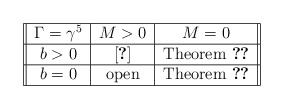
\begin{align*}\begin{tabular}{||c|c|c||}\hline$\Gamma = \gamma^5$ & $M>0$ & $M=0$ \\\hline$b>0$ & \cite{chohoz} & Theorem \ref{gwp-hartree1} \\\hline$b =0$ & open & Theorem \ref{gwp-hartree1} \\\hline\end{tabular}\end{align*}